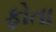
ફોતા